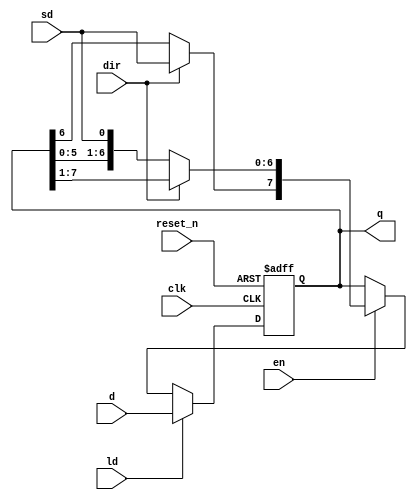
module Shift8(clk,reset_n,en,dir,ld,sd,d,q);
input clk,reset_n,en,dir,ld,sd;
input [7:0] d;
output [7:0]q;
reg [7:0] q;
always@(posedge clk or negedge reset_n)//clk? ??? ?? reset_n? ???
begin
if(reset_n==0) q=0;//reset_n=0 ????
else if(ld==1) q=d;//reset_n=1,ld=1
else if(en==0) q=q;//reset_n=1,ld=0,en=0
else if(dir==1) begin q=q>>1; q[7]=sd; end//reset_n=1,en=1,ld=0,dir=1
else if(dir==0) begin q=q<<1; q[0]=sd; end//reset_n=1,en=1,ld=0,dir=0
end
endmodule